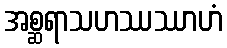
အစ္ဆရာသဟဿဿာဟံ